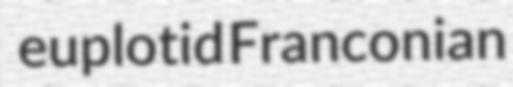
euplotid Franconian